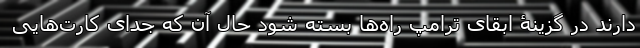
دارند در گزینۀ ابقای ترامپ راه‌ها بسته شود حال آن که جدای کارت‌هایی